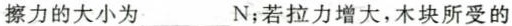
擦力的大小为___N；若拉力增大，木块所受的